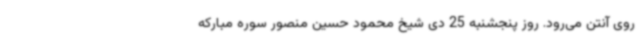
روی آنتن می‌رود. روز پنجشنبه 25 دی شیخ محمود حسین منصور سوره مبارکه